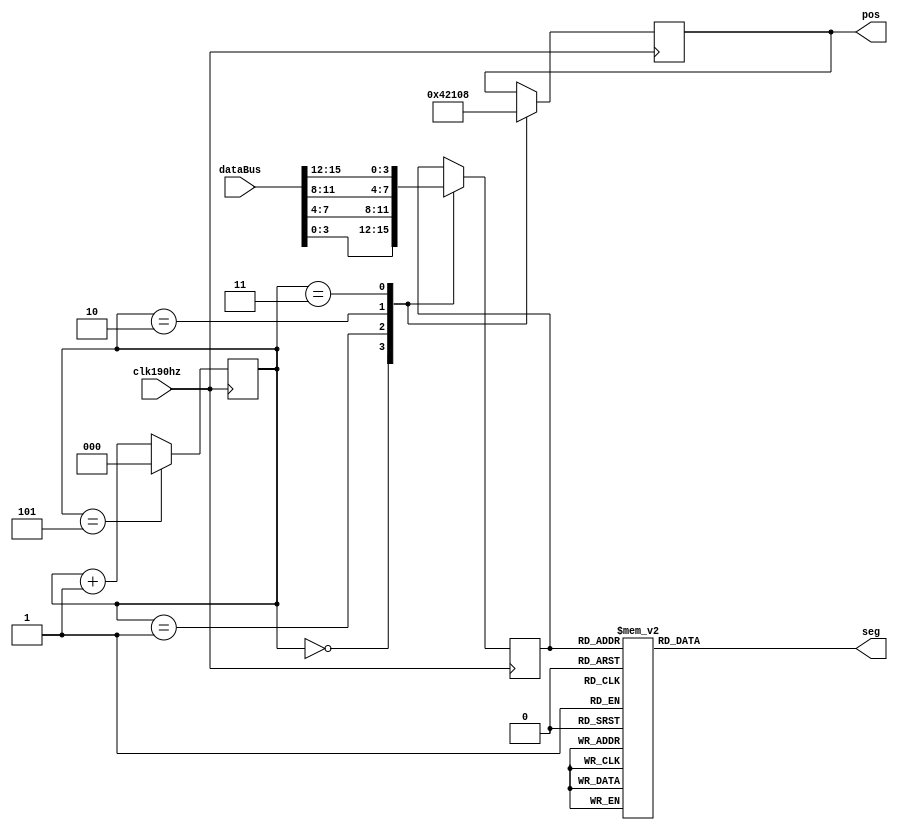
//
module segMsg(
input clk190hz,
input [15:0] dataBus, //
output reg [5:0] pos,
output reg[7:0]seg
    );
    reg[2:0]posC=0;//
    reg[3:0]dataP=0;//
    always@(posedge clk190hz)begin
        case(posC)
        //30
        0:begin
            pos<=6'b000001;
            dataP<=dataBus[3:0];
          end
        //74
        1:begin
            pos<=6'b000010;
            dataP<=dataBus[7:4];
          end          
        //118
          2:begin
              pos<=6'b000100;
              dataP<=dataBus[11:8];
            end
        //1512
          3:begin
                pos<=6'b001000;
                dataP<=dataBus[15:12];
             end
        endcase
		begin
			if(posC==5)
				posC<=0;
			else
				posC=posC+1;
		end
end
//0-9
always@(dataP)
    case(dataP)
        0:seg=8'b0011_1111;
        1:seg=8'b0000_0110;
        2:seg=8'b0101_1011;
        3:seg=8'b0100_1111;
        4:seg=8'b0110_0110;
        5:seg=8'b0110_1101;
        6:seg=8'b0111_1101;
        7:seg=8'b0000_0111;
        8:seg=8'b0111_1111;
        9:seg=8'b0110_1111;
        10:seg=8'b0100_0000;
        11:seg=8'b0000_0000;
        default:seg=8'b0000_1000;
     endcase  
endmodule